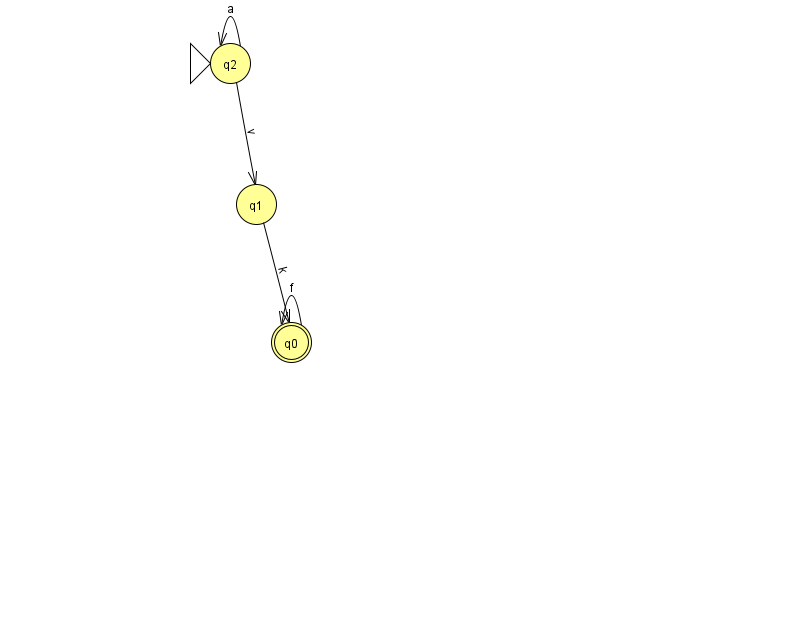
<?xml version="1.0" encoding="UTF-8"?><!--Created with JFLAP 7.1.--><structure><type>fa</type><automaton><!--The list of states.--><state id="0" name="q0"><x>291.0</x><y>329.0</y><final/></state><state id="1" name="q1"><x>256.0</x><y>191.0</y></state><state id="2" name="q2"><x>230.0</x><y>50.0</y><initial/></state><!--The list of transitions.--><transition><from>1</from><to>0</to><read>k</read></transition><transition><from>2</from><to>2</to><read>a</read></transition><transition><from>0</from><to>0</to><read>f</read></transition><transition><from>2</from><to>1</to><read>v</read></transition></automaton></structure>